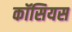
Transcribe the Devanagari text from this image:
कॉसियस